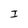
Character: I